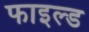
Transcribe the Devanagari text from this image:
फाइल्ड